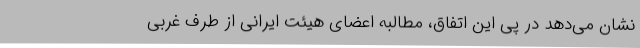
نشان می‌دهد در پی این اتفاق، مطالبه اعضای هیئت ایرانی از طرف غربی